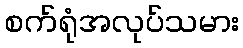
စက်ရုံအလုပ်သမား